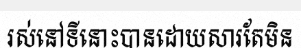
រស់នៅទីនោះបានដោយសារតែមិន